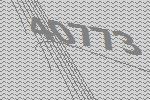
40773